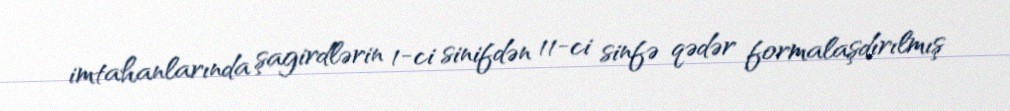
imtahanlarında şagirdlərin 1-ci sinifdən 11-ci sinfə qədər formalaşdırılmış